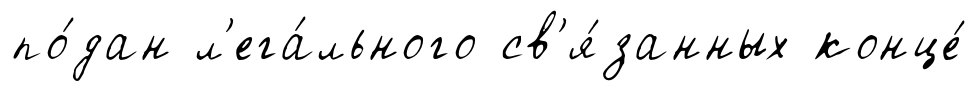
по́дан л'ега́льного св'я́занных конце́